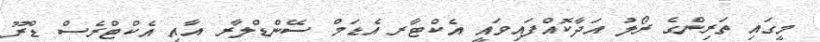
މީގައި ތަރިންގެ ރޯލު އަދާކޮއްފައިވައީ އެކްޓާރ އެޑަމް ސޭންޑްލާރ އާއި އެކްޓްރެސް ޑްރޫ